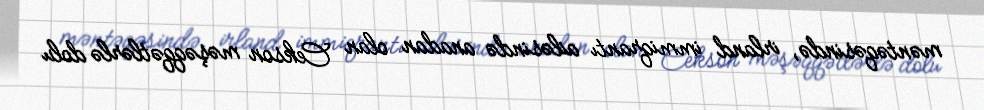
məntəqəsində, irland immiqrantı ailəsində anadan olan Cekson məşəqqətlərlə dolu